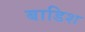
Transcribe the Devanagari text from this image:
बाडिश